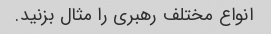
انواع مختلف رهبری را مثال بزنید.